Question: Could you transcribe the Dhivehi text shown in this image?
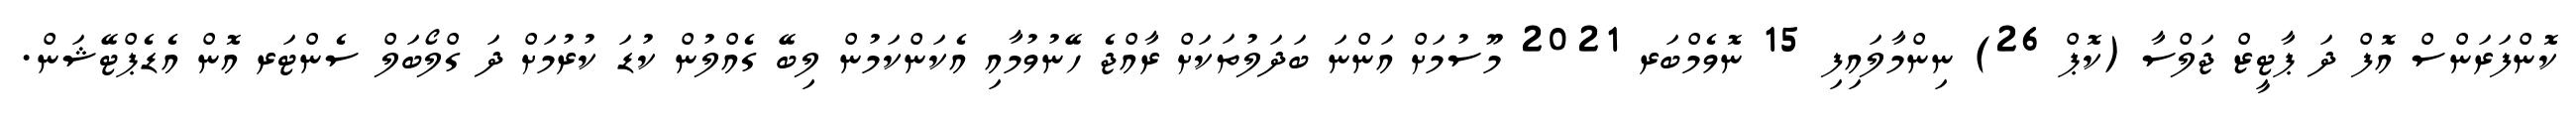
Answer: ކޮންފަރަންސް އޮފް ދަ ޕާޓީޒް ޖަލްސާ (ކޮޕް 26) ނިންމާލައިފި 15 ނޮވެމްބަރ 2021 މޫސުމަށް އަންނަ ބަދަލުތަކަށް ރާއްޖެ ހޭނުވުމާއި އެކަންކަމުން ލިބޭ ގެއްލުން ކުޑަ ކުރުމަށް ދަ ގްލޯބަލް ސެންޓަރ އޮން އެޑެޕްޓޭޝަން.